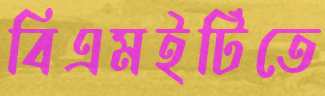
বিএমইটিতে